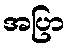
အပြာ